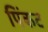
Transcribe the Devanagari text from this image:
पिंकट